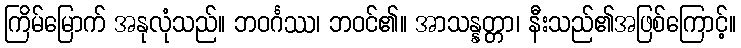
ကြိမ်မြောက် အနုလုံသည်။ ဘဝင်္ဂဿ၊ ဘဝင်၏။ အာသန္နတ္တာ၊ နီးသည်၏အဖြစ်ကြောင့်။